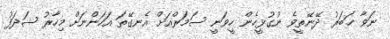
ނަވާ ޚަބަރު ދޭނޭތީވެ ނުގުޅީހެން ހީވަނީ ސަމަރްއަށް އެނގޭތަ އަހަންނަށް މިހާރު ޝަދަފު